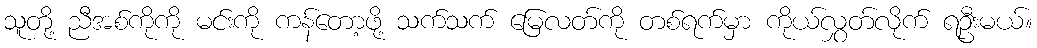
သူတို့ ညီအစ်ကိုကို မင်းကို ကန်တော့ဖို့ သက်သက် မြေလတ်ကို တစ်ရက်မှာ ကိုယ်လွှတ်လိုက် ရဦးမယ်။